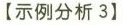
【示例分析3】